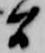
間